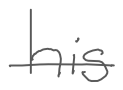
Text: his
Cross-out: single-line
Writing tool: digital_gray